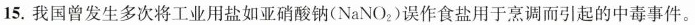
15.我国曾发生多次将工业用盐如亚硝酸钠(NaNO_{2})误作食盐用于烹调而引起的中毒事件。